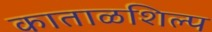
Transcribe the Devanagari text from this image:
काताळशिल्प